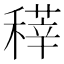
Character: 䅸